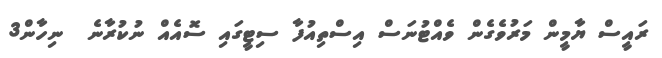
ރައީސް ޔާމީން މަރުވެގެން ވެއްޓުނަސް އިސްތިއުފާ ސިޓީގައި ސޮއެއް ނުކުރާނެ  ނިހާން3